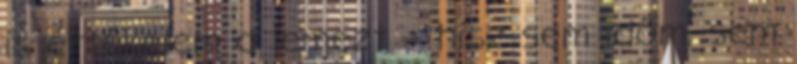
is értékelem a lemezt – hisz sem időm, sem